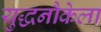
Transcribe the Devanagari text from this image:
युद्धनौकेला